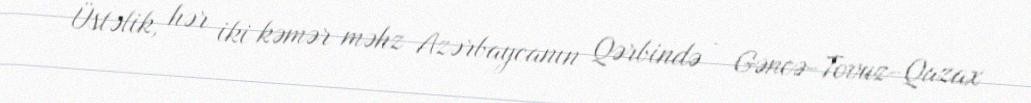
Üstəlik, hər iki kəmər məhz Azərbaycanın Qərbində - Gəncə-Tovuz-Qazax